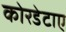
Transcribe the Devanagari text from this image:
कोरडेटाए